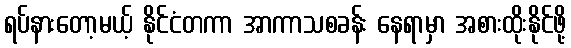
ရပ်နားတော့မယ့် နိုင်ငံတကာ အာကာသစခန်း နေရာမှာ အစားထိုးနိုင်ဖို့